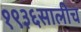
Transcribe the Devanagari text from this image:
१९३६सालीच